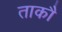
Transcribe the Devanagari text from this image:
ताकौ